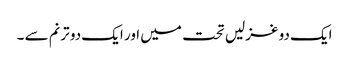
ایک دو غزلیں تحت میں اور ایک دو ترنم سے ۔